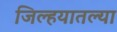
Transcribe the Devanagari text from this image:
जिल्हयातल्या